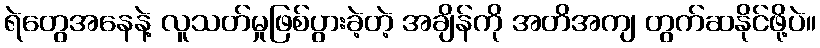
ရဲတွေအနေနဲ့ လူသတ်မှုဖြစ်ပွားခဲ့တဲ့ အချိန်ကို အတိအကျ တွက်ဆနိုင်ဖို့ပဲ။